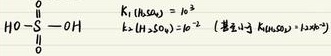
\[
HO - \overset{O}{\overset{||}{S}} - OH \quad
\begin{cases}
K_{1}(H_{2}SO_{4}) = 10^{3} \\
K_{2}(H_{2}SO_{4}) = 10^{-2} \quad (\text{甚至} H_{2}SO_{4(aq)} \rightleftharpoons H^{+} + HSO_{4}^{-})
\end{cases}
\]